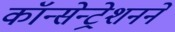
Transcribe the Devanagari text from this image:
कॉन्सेन्ट्रेशनने